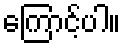
ကြောင့်ပါ။